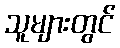
သူများတွင်